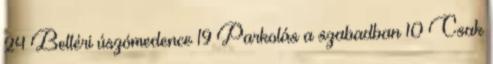
24 Beltéri úszómedence 19 Parkolás a szabadban 10 Csak